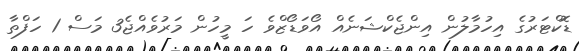
ޑޮކްޓަރުގެ އިހުމާލުން އިންޖެކްޝަނެއް އޯވަޑޯޒްވެ ހަ މީހުން މަރުވެއްޖެ3 މަސް 1 ހަފްތާ